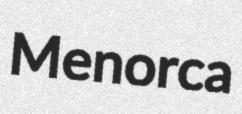
Menorca